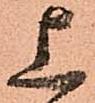
上